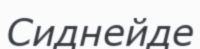
Сиднейде